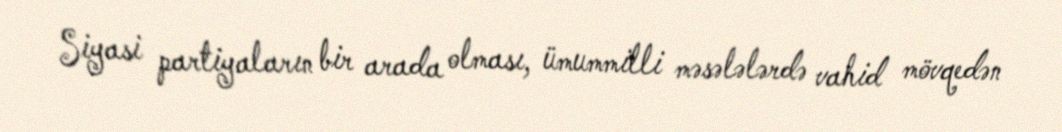
Siyasi partiyaların bir arada olması, ümummilli məsələlərdə vahid mövqedən